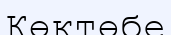
Көктөбе